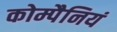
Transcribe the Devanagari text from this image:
कोम्पैनियं